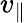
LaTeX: v_{\| }